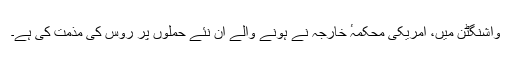
واشنگٹن میں، امریکی محکمہٴ خارجہ نے ہونے والے اِن نئے حملوں پر روس کی مذمت کی ہے۔